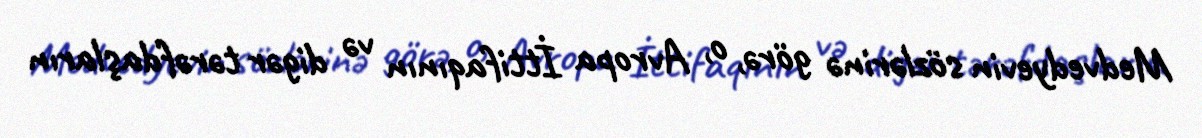
Medvedyevin sözlərinə görə, o, Avropa İttifaqının və digər tərəfdaşların